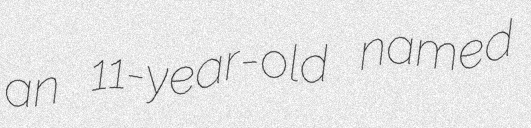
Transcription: an 11-year-old named